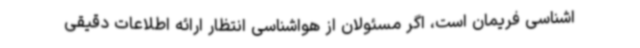
اشناسی فریمان است، اگر مسئولان از هواشناسی انتظار ارائه اطلاعات دقیقی